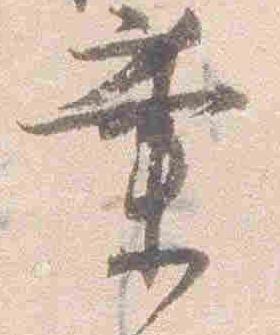
業